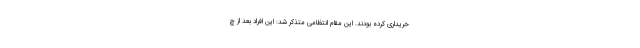
خریداری کرده بودند. این مقام انتظامی متذکر شد: این افراد بعد از چ